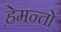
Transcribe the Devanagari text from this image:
हेमन्तो